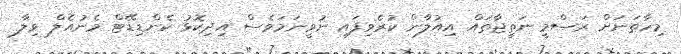
މިހާތަނަށް ރަސްމީ ނަތީޖާތައް އިއުލާން ކުރެވިފައި ނުވީނަމަވެސް އިދިކޮޅު ކެންޑިޑޭޓް މެނުއެލް ވިލާ